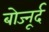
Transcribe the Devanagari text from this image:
बोज्नूर्द